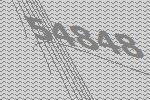
54848